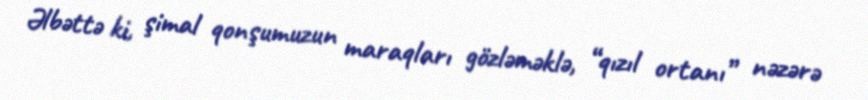
Əlbəttə ki, şimal qonşumuzun maraqları gözləməklə, “qızıl ortanı” nəzərə